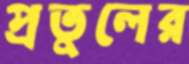
প্রতুলের